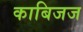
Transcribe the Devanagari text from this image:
काबिजज